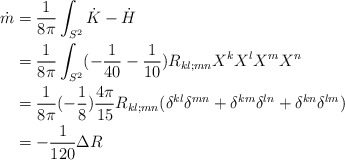
\begin{align*}\dot m &= \frac{1}{8\pi} \int_{S^2} \dot K - \dot H\\&= \frac{1}{8\pi} \int_{S^2} (-\frac{1}{40} - \frac{1}{10}) R_{kl;mn} X^kX^lX^m X^n \\&= \frac{1}{8\pi} (-\frac{1}{8}) \frac{4\pi}{15} R_{kl;mn} (\delta^{kl}\delta^{mn} + \delta^{km}\delta^{ln} + \delta^{kn}\delta^{lm})\\&= -\frac{1}{120}\Delta R\end{align*}